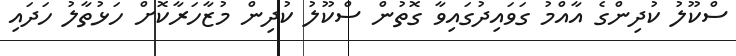
ސްކޫލު ކުދިންގެ އާއްމު ގަވައިދުގައިވާ ގޮތުން ސްކޫލު ކުދިން މުޒާހަރާކޮށް ހަޅުތާލު ހަދައި